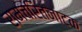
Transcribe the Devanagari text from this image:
रामचरितनाटक